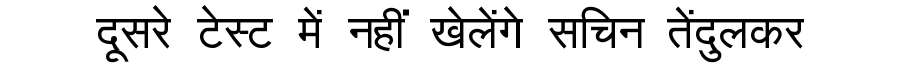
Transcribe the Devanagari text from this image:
दूसरे टेस्ट में नहीं खेलेंगे सचिन तेंदुलकर